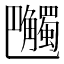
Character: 𧥔